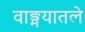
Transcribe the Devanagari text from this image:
वाङ्मयातले